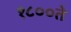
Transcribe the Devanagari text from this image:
१८००ते